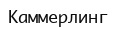
Каммерлинг